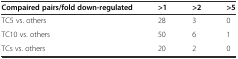
| Compaired pairs/fold down-regulated | >1 | >2 | >5 |
 | --- | --- | --- | --- |
 | TC5 vs. others | 28 | 3 | 0 |
 | TC10 vs. others | 50 | 6 | 1 |
 | TCs vs. others | 20 | 2 | 0 |